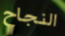
النجاح